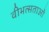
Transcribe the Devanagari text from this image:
वीभत्सताओं